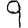
Digit: 9